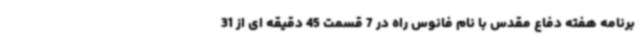
برنامه هفته دفاع مقدس با نام فانوس راه در 7 قسمت 45 دقیقه ای از 31